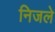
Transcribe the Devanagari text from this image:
निजले